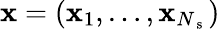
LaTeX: \mathbf{x}=(\mathbf{x}_{1},\ldots,\mathbf{x}_{N_{\mathrm{{~s~}}}})